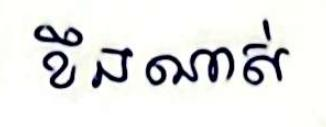
ខឹងណាស់